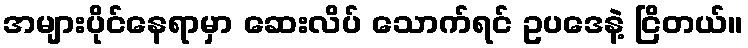
အများပိုင်နေရာမှာ ဆေးလိပ် သောက်ရင် ဥပဒေနဲ့ ငြိတယ်။